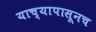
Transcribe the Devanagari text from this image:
याच्यापासूनच